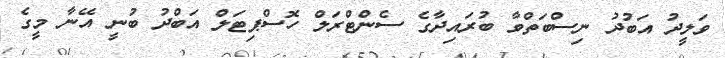
ވަލީދު އަބުދު ނިސްބަތްވާ ބުރައިދާގެ ސެންޓްރަލް ހޮސްޕިޓަލް އަބްދު ބުނީ އޭނާ މީގެ